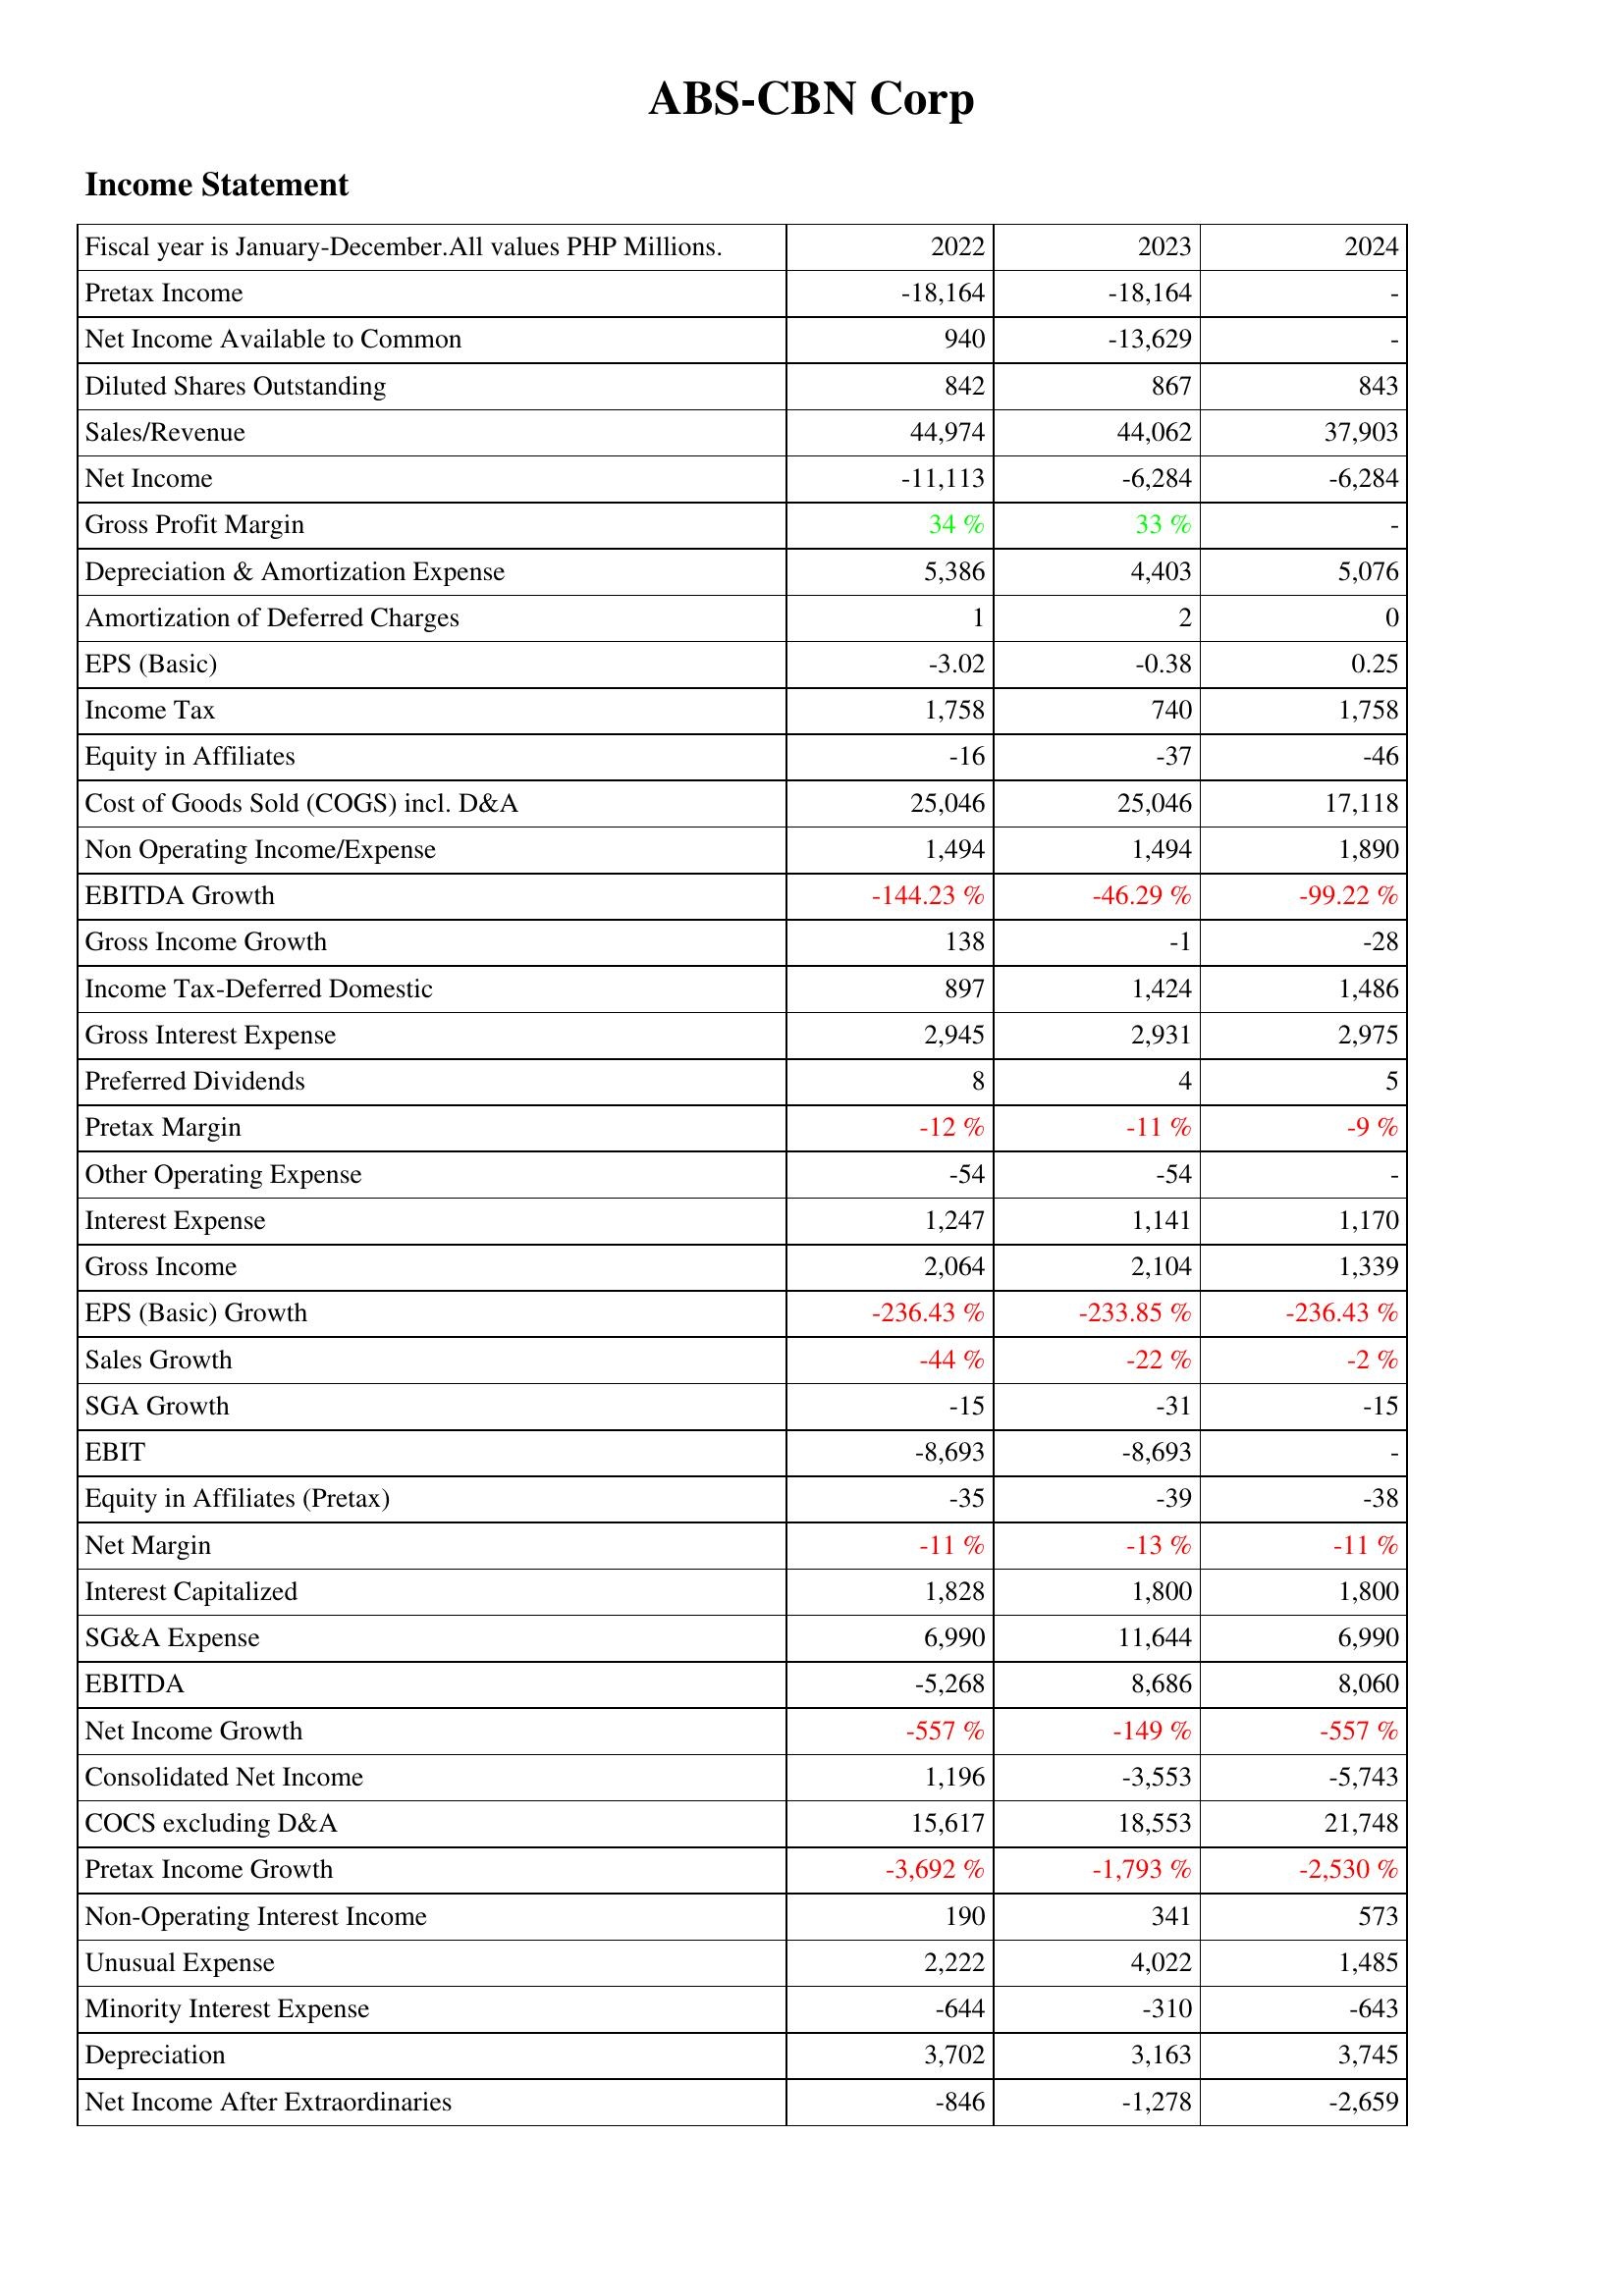
2022: Income Statement: Pretax Income: -18,164
Net Income Available to Common: 940
Diluted Shares Outstanding: 842
Sales/Revenue: 44,974
Net Income: -11,113
Gross Profit Margin: 34 %
Depreciation & Amortization Expense: 5,386
Amortization of Deferred Charges: 1
EPS (Basic): -3.02
Income Tax: 1,758
Equity in Affiliates: -16
Cost of Goods Sold (COGS) incl. D&A: 25,046
Non Operating Income/Expense: 1,494
EBITDA Growth: -144.23 %
Gross Income Growth: 138
Income Tax-Deferred Domestic: 897
Gross Interest Expense: 2,945
Preferred Dividends: 8
Pretax Margin: -12 %
Other Operating Expense: -54
Interest Expense: 1,247
Gross Income: 2,064
EPS (Basic) Growth: -236.43 %
Sales Growth: -44 %
SGA Growth: -15
EBIT: -8,693
Equity in Affiliates (Pretax): -35
Net Margin: -11 %
Interest Capitalized: 1,828
SG&A Expense: 6,990
EBITDA: -5,268
Net Income Growth: -557 %
Consolidated Net Income: 1,196
COCS excluding D&A: 15,617
Pretax Income Growth: -3,692 %
Non-Operating Interest Income: 190
Unusual Expense: 2,222
Minority Interest Expense: -644
Depreciation: 3,702
Net Income After Extraordinaries: -846
2023: Income Statement: Pretax Income: -18,164
Net Income Available to Common: -13,629
Diluted Shares Outstanding: 867
Sales/Revenue: 44,062
Net Income: -6,284
Gross Profit Margin: 33 %
Depreciation & Amortization Expense: 4,403
Amortization of Deferred Charges: 2
EPS (Basic): -0.38
Income Tax: 740
Equity in Affiliates: -37
Cost of Goods Sold (COGS) incl. D&A: 25,046
Non Operating Income/Expense: 1,494
EBITDA Growth: -46.29 %
Gross Income Growth: -1
Income Tax-Deferred Domestic: 1,424
Gross Interest Expense: 2,931
Preferred Dividends: 4
Pretax Margin: -11 %
Other Operating Expense: -54
Interest Expense: 1,141
Gross Income: 2,104
EPS (Basic) Growth: -233.85 %
Sales Growth: -22 %
SGA Growth: -31
EBIT: -8,693
Equity in Affiliates (Pretax): -39
Net Margin: -13 %
Interest Capitalized: 1,800
SG&A Expense: 11,644
EBITDA: 8,686
Net Income Growth: -149 %
Consolidated Net Income: -3,553
COCS excluding D&A: 18,553
Pretax Income Growth: -1,793 %
Non-Operating Interest Income: 341
Unusual Expense: 4,022
Minority Interest Expense: -310
Depreciation: 3,163
Net Income After Extraordinaries: -1,278
2024: Income Statement: Pretax Income: -
Net Income Available to Common: -
Diluted Shares Outstanding: 843
Sales/Revenue: 37,903
Net Income: -6,284
Gross Profit Margin: -
Depreciation & Amortization Expense: 5,076
Amortization of Deferred Charges: 0
EPS (Basic): 0.25
Income Tax: 1,758
Equity in Affiliates: -46
Cost of Goods Sold (COGS) incl. D&A: 17,118
Non Operating Income/Expense: 1,890
EBITDA Growth: -99.22 %
Gross Income Growth: -28
Income Tax-Deferred Domestic: 1,486
Gross Interest Expense: 2,975
Preferred Dividends: 5
Pretax Margin: -9 %
Other Operating Expense: -
Interest Expense: 1,170
Gross Income: 1,339
EPS (Basic) Growth: -236.43 %
Sales Growth: -2 %
SGA Growth: -15
EBIT: -
Equity in Affiliates (Pretax): -38
Net Margin: -11 %
Interest Capitalized: 1,800
SG&A Expense: 6,990
EBITDA: 8,060
Net Income Growth: -557 %
Consolidated Net Income: -5,743
COCS excluding D&A: 21,748
Pretax Income Growth: -2,530 %
Non-Operating Interest Income: 573
Unusual Expense: 1,485
Minority Interest Expense: -643
Depreciation: 3,745
Net Income After Extraordinaries: -2,659